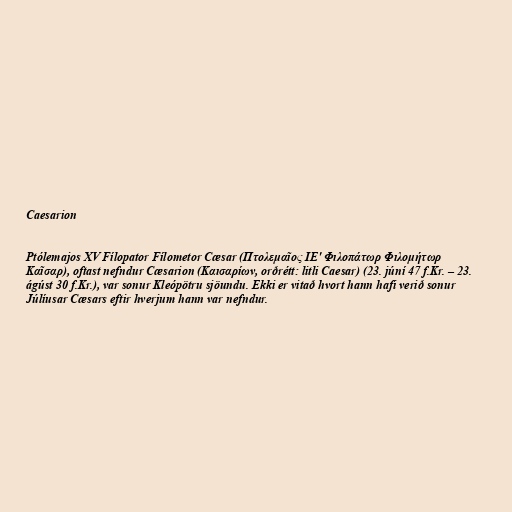
Caesarion

Ptólemajos XV Fílopator Fílometor Cæsar (Πτολεμαῖος ΙΕʹ Φιλοπάτωρ Φιλομήτωρ
Καῖσαρ), oftast nefndur Cæsarion (Καισαρίων, orðrétt: litli Caesar) (23. júní 47 f.Kr. – 23.
ágúst 30 f.Kr.), var sonur Kleópötru sjöundu. Ekki er vitað hvort hann hafi verið sonur
Júlíusar Cæsars eftir hverjum hann var nefndur.